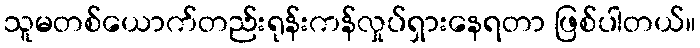
သူမတစ်ယောက်တည်းရုန်းကန်လှုပ်ရှားနေရတာ ဖြစ်ပါတယ်။